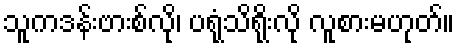
သူကဒန်းဗားစ်လို၊ ပရုံသိရိုးလို လူစားမဟုတ်။